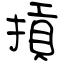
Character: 摃